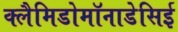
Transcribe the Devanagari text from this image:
क्लैमिडोमॉनाडेसिई